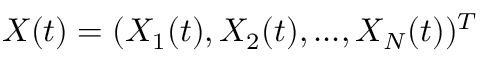
X ( t ) = ( X _ { 1 } ( t ) , X _ { 2 } ( t ) , . . . , X _ { N } ( t ) ) ^ { T }